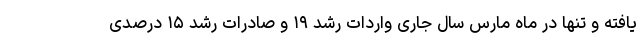
یافته و تنها در ماه مارس سال جاری واردات رشد ۱۹ و صادرات رشد ۱۵ درصدی